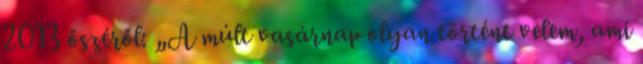
2013 őszéről: „A múlt vasárnap olyan történt velem, ami